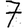
Digit: 7